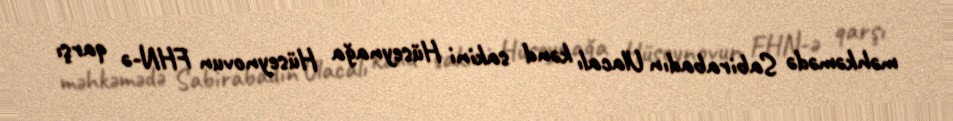
məhkəmədə Sabirabadın Ulacalı kənd sakini Hüseynağa Hüseynovun FHN-ə qarşı